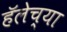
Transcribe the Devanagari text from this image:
हॅलेच्या